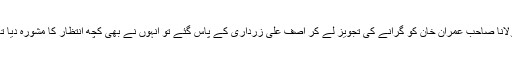
مولانا صاحب عمران خان کو گرانے کی تجویز لے کر آصف علی زرداری کے پاس گئے تو انہوں نے بھی کچھ انتظار کا مشورہ دیا تھا۔